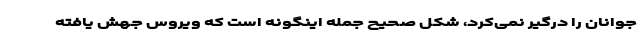
جوانان را درگیر نمی‌کرد، شکل صحیح جمله اینگونه است که ویروس جهش یافته